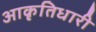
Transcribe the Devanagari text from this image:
आकृतिधारी